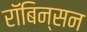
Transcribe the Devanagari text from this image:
रॉबिन्सन